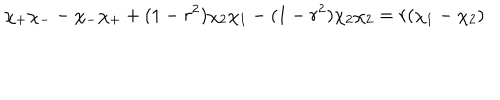
\chi _ { + } \chi _ { - } - \chi _ { - } \chi _ { + } + ( 1 - r ^ { 2 } ) \chi _ { 2 } \chi _ { 1 } - ( 1 - r ^ { 2 } ) \chi _ { 2 } \chi _ { 2 } = r ( \chi _ { 1 } - \chi _ { 2 } )